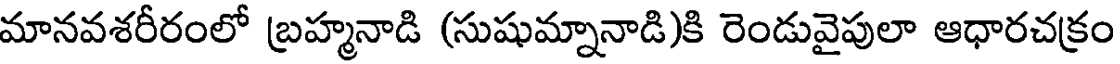
మానవశరీరంలో బ్రహ్మనాడి (సుషుమ్నానాడి)కి రెండువైపులా ఆధారచక్రం